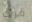
قرأت